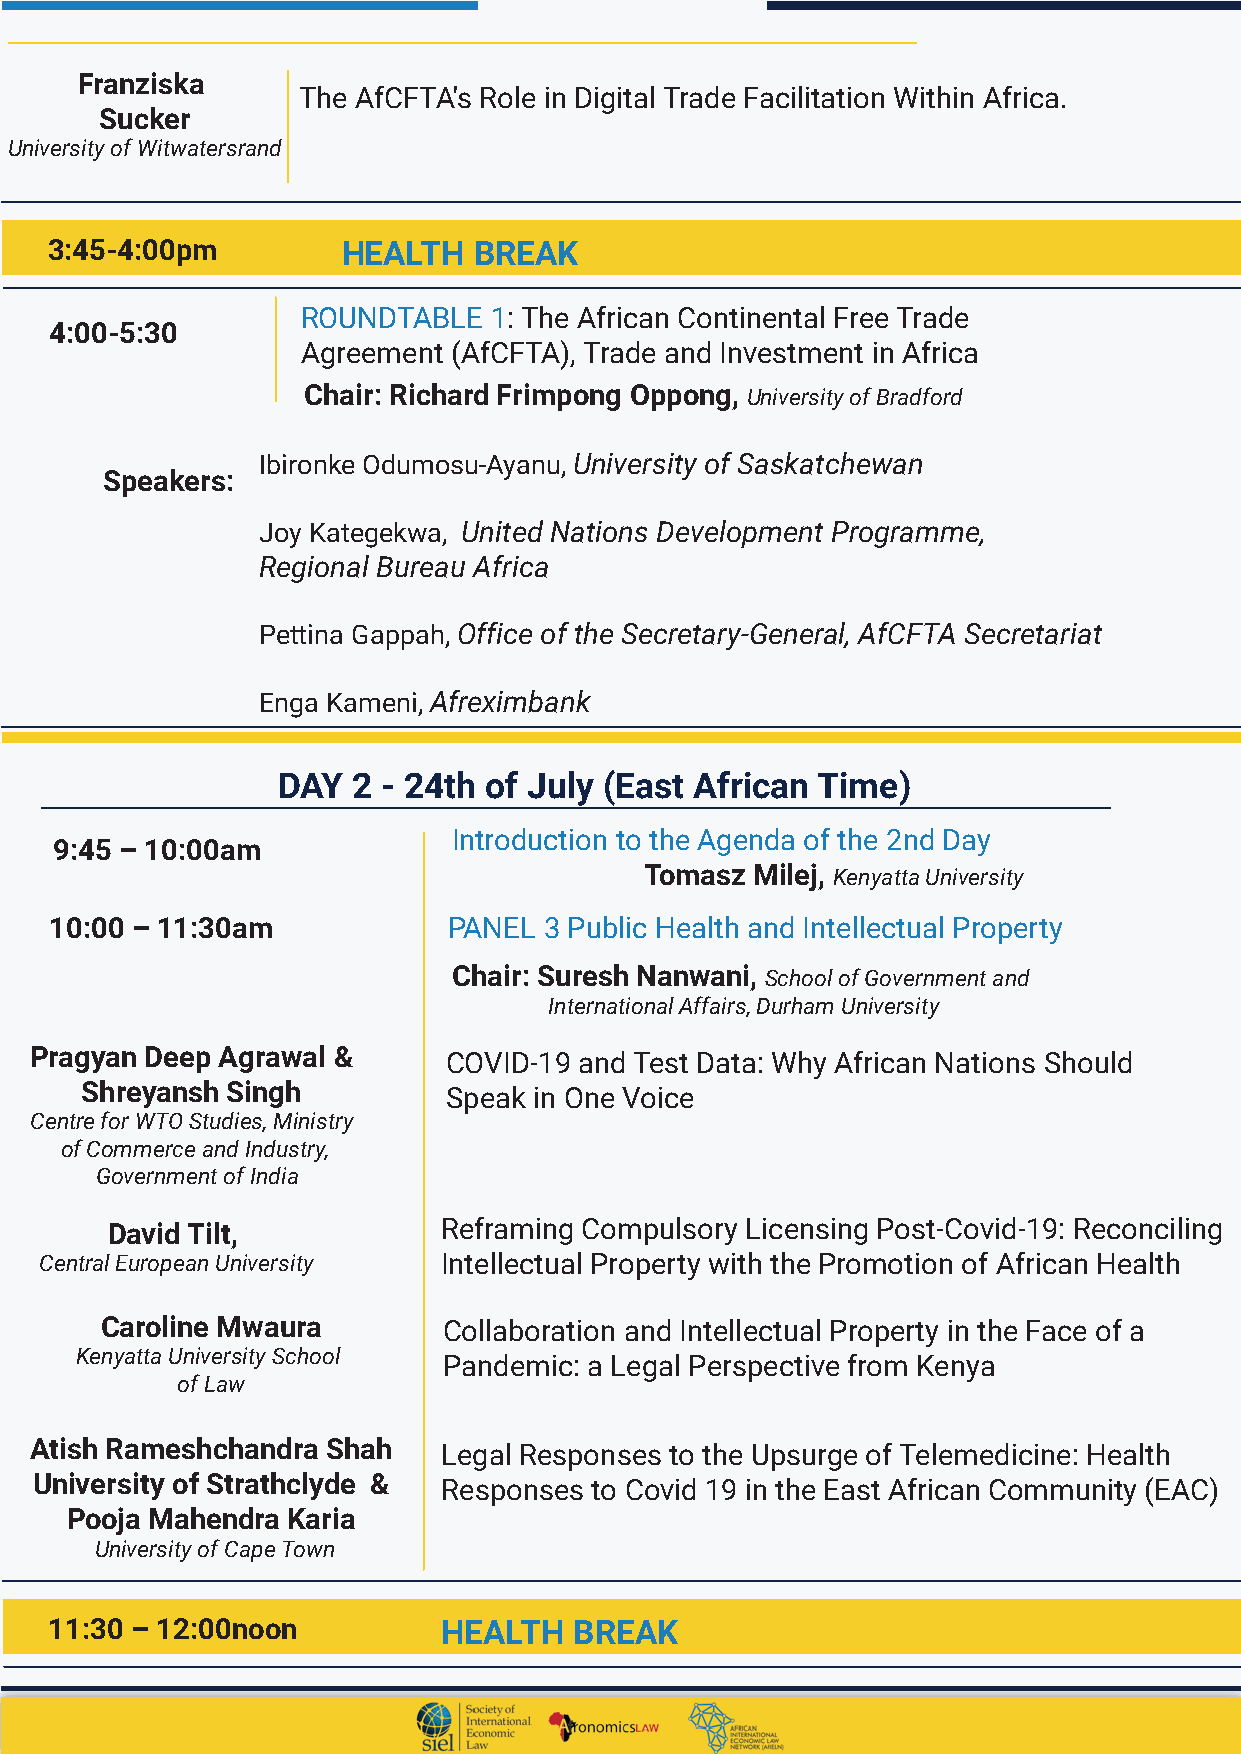
Franziska
 The AfCFTA's Role in Digital Trade Facilitation Within Africa.
 Sucker
 University of Witwatersrand
 3:45-4:00pm         HEALTH  BREAK
 ROUNDTABLE  1: The African Continental Free Trade
 4:00-5:30
 Agreement (AfCFTA), Trade and Investment in Africa
 Chair: Richard Frimpong Oppong, University of Bradford
 Ibironke Odumosu-Ayanu, University of Saskatchewan
 Speakers:
 Joy Kategekwa, United Nations Development Programme,
 Regional Bureau Africa
 Pettina Gappah, Office of the Secretary-General, AfCFTA Secretariat
 Enga Kameni, Afreximbank
 DAY  2 - 24th of July (East African Time)
 Introduction to the Agenda of the 2nd Day
 9:45 – 10:00am
 Tomasz Milej, Kenyatta University
 10:00 – 11:30am            PANEL 3 Public Health and Intellectual Property
 Chair: Suresh Nanwani, School of Government and
 International Affairs, Durham University
 Pragyan Deep Agrawal &      COVID-19 and Test Data: Why African Nations Should
 Shreyansh Singh          Speak in One Voice
 Centre for WTO Studies, Ministry
 of Commerce and Industry,
 Government of India
 David Tilt,           Reframing Compulsory Licensing Post-Covid-19: Reconciling
 Central European University Intellectual Property with the Promotion of African Health
 Caroline Mwaura       Collaboration and Intellectual Property in the Face of a
 Kenyatta University School
 Pandemic: a Legal Perspective from Kenya
 of Law
 Atish Rameshchandra Shah   Legal Responses to the Upsurge of Telemedicine: Health
 University of Strathclyde & Responses to Covid 19 in the East African Community (EAC)
 Pooja Mahendra Karia
 University of Cape Town
 11:30 – 12:00noon         HEALTH   BREAK